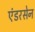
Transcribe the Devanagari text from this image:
एंडरसेन